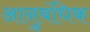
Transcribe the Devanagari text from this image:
आनुबंधिक